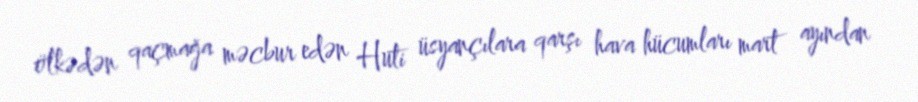
ölkədən qaçmağa məcbur edən Huti üsyançılara qarşı hava hücumları mart ayından